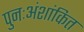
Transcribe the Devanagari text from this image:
पुनःअंशांकित